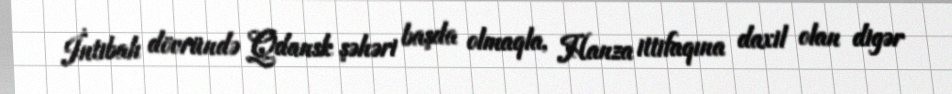
İntibah dövründə Qdansk şəhəri başda olmaqla, Hanza ittifaqına daxil olan digər